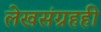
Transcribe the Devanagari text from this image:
लेखसंग्रहही